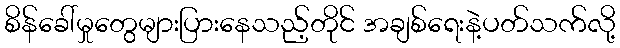
စိန်ခေါ်မှုတွေများပြားနေသည့်တိုင် အချစ်ရေးနဲ့ပတ်သက်လို့